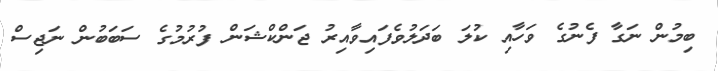
ބިމުން ނަގާ ފެނުގެ ވަހާއި ކުލަ ބަދަލުވެފައިވާއިރު ޖަންކްޝަން ފުރުމުގެ ސަބަބުން ނަޖިސް